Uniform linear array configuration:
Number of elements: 4
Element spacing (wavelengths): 0.25
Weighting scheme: blackman
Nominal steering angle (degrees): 30
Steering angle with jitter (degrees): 28.483
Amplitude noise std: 0.05
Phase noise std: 0.05

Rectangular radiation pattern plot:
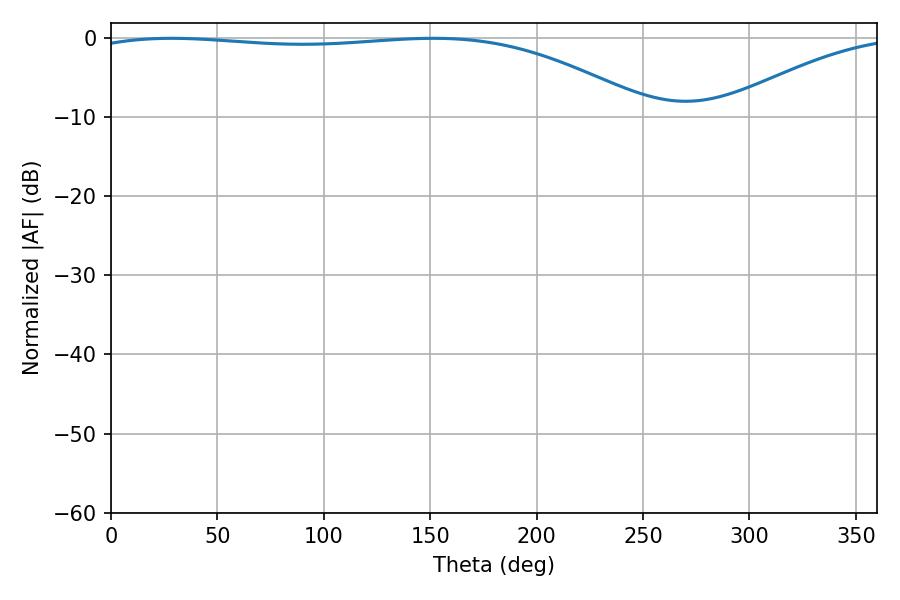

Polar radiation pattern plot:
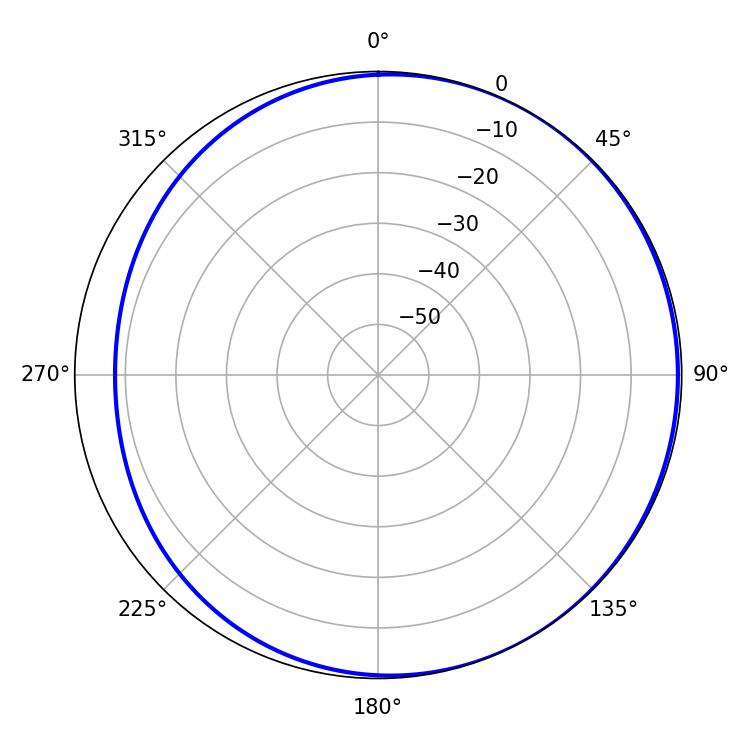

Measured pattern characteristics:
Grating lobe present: FALSE
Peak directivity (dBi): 2.175
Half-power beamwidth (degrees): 211.5
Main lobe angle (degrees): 28.44